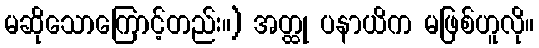
မဆိုသောကြောင့်တည်း။) အတ္ထု ပနာယိက မဖြစ်ဟူလို။